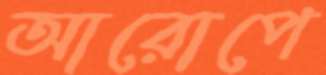
আরোপে